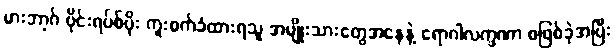
မားဘာ့ဂ် ဗိုင်းရပ်စ်ပိုး ကူးစက်ခံထားရသူ အမျိုးသားတွေအနေနဲ့ ရောဂါလက္ခဏာ စဖြစ်ခဲ့အပြီး